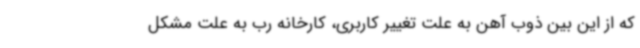
که از این بین ذوب آهن به علت تغییر کاربری، کارخانه رب به علت مشکل